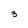
Character: 3